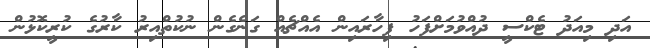
އަދި މިއަދު ޓެކްސީ ދުއްވުމަށްފަހު ފިހާރައިން އެއްޗެއް ގަނެގެން ނުކުތްއިރު ކާރުގެ ކުރީކޮޅުން